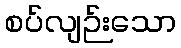
စပ်လျဉ်းသော